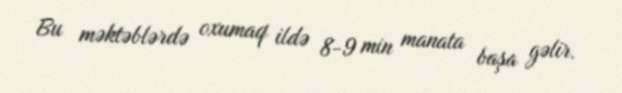
Bu məktəblərdə oxumaq ildə 8-9 min manata başa gəlir.